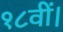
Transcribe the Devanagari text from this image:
१८वीं।